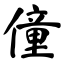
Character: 僮